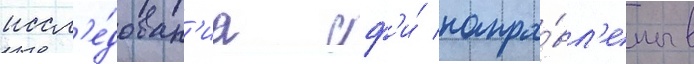
иссл'е́дован'иа сф'и́ напра́вл'ены в